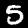
Digit: 5